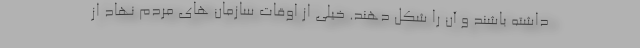
داشته باشند و آن را شکل دهند. خیلی از اوقات سازمان های مردم نهاد از